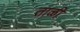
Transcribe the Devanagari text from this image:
ताळी